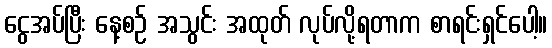
ငွေအပ်ပြီး နေ့စဉ် အသွင်း အထုတ် လုပ်လို့ရတာက စာရင်းရှင်ပေါ့။